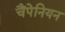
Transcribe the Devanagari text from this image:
चैंपेनियन